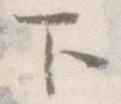
下